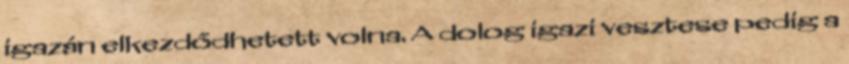
igazán elkezdődhetett volna. A dolog igazi vesztese pedig a